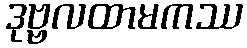
ဒုဗ္ဗလထာမကဿ